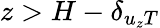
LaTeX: z>H-\delta_{u_{z}T}